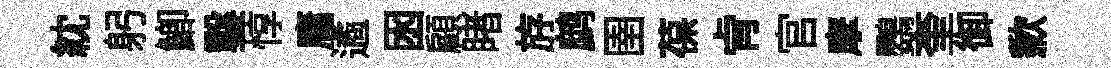
紞躬鯽鑿惇庸遹囦顧睹斿鹧圉葆肻官摩鸚奎御歉